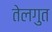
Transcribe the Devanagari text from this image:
तेलगुत